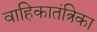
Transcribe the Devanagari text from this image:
वाहिकातंत्रिका